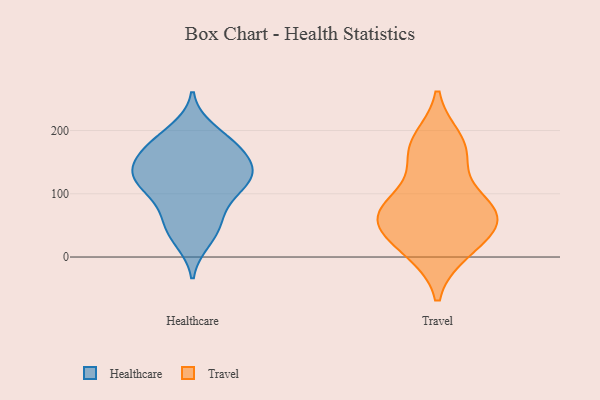
{"axis": {"x": "Demand Index", "y": "Value"}, "legend": ["Healthcare", "Travel"], "data": [{"x": "", "y": 56, "type": "Healthcare"}, {"x": "", "y": 38, "type": "Healthcare"}, {"x": "", "y": 113, "type": "Healthcare"}, {"x": "", "y": 61, "type": "Healthcare"}, {"x": "", "y": 108, "type": "Healthcare"}, {"x": "", "y": 119, "type": "Healthcare"}, {"x": "", "y": 143, "type": "Healthcare"}, {"x": "", "y": 27, "type": "Healthcare"}, {"x": "", "y": 132, "type": "Healthcare"}, {"x": "", "y": 144, "type": "Healthcare"}, {"x": "", "y": 173, "type": "Healthcare"}, {"x": "", "y": 183, "type": "Healthcare"}, {"x": "", "y": 92, "type": "Healthcare"}, {"x": "", "y": 166, "type": "Healthcare"}, {"x": "", "y": 127, "type": "Healthcare"}, {"x": "", "y": 136, "type": "Healthcare"}, {"x": "", "y": 200, "type": "Healthcare"}, {"x": "", "y": 179, "type": "Healthcare"}, {"x": "", "y": 164, "type": "Travel"}, {"x": "", "y": 69, "type": "Travel"}, {"x": "", "y": 84, "type": "Travel"}, {"x": "", "y": 15, "type": "Travel"}, {"x": "", "y": 183, "type": "Travel"}, {"x": "", "y": 80, "type": "Travel"}, {"x": "", "y": 166, "type": "Travel"}, {"x": "", "y": 44, "type": "Travel"}, {"x": "", "y": 10, "type": "Travel"}, {"x": "", "y": 63, "type": "Travel"}, {"x": "", "y": 62, "type": "Travel"}]}